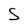
Character: S